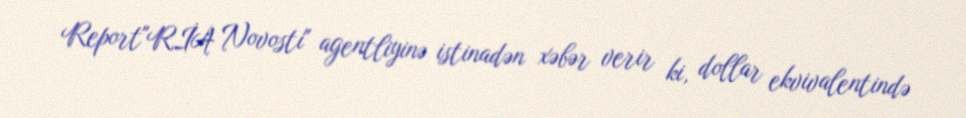
Report"RİA Novosti" agentliyinə istinadən xəbər verir ki, dollar ekvivalentində